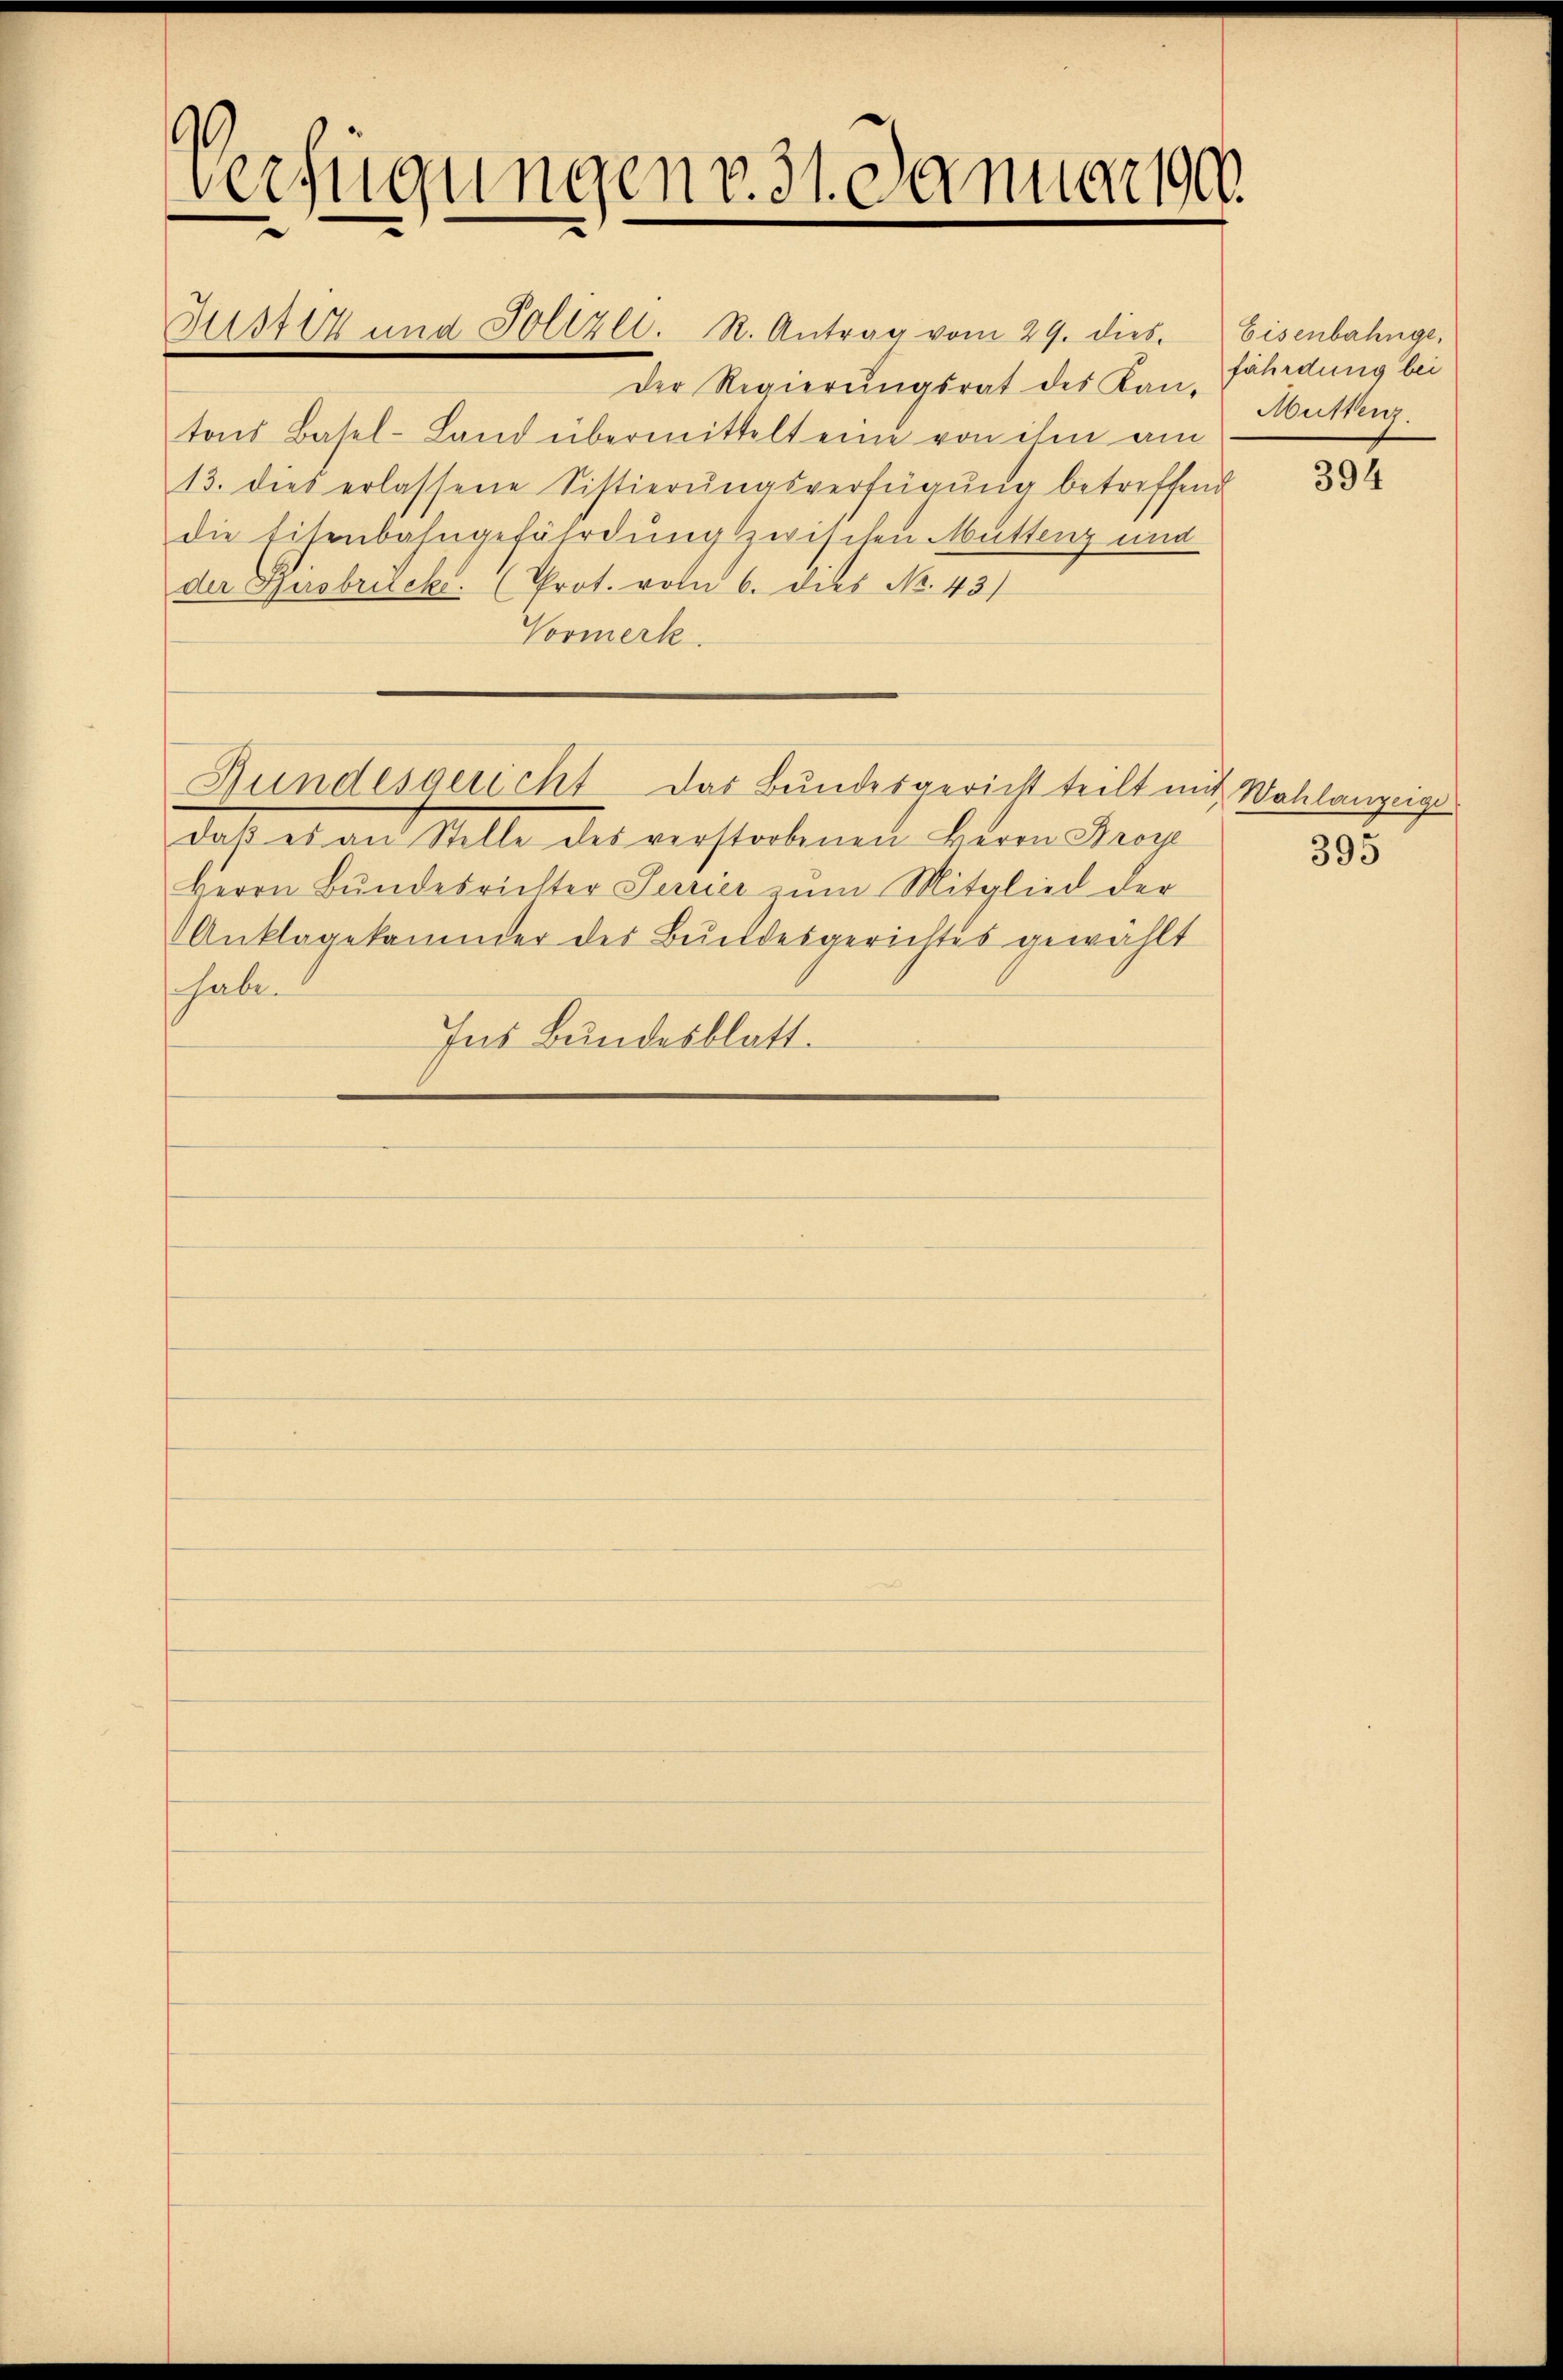
Verfügungen v. 31. Januar ga

Justiz und Follzll. R. Antrag vom 29. dies. Eisenbahnge,
Der Regierungsrat des Kan- fährdung bei
tons Basel-Land übermittelt eine von ihm am
13. dies erlassene Sistierŭngsverfügung betreffend
die Eisenbahngefährdung zwischen Muttenz und
der Birsbrucke: (Prot. volu 6. dies No. 43)
Vormerk
Bundesgericht das Bundesgericht teilt mit Wohlanzeige
daß eben Stelle des verstorbenen Herrn Proze
Herrn Bundesrichter Serier zum Mitglied der
Anklagekommer der Bundesgerichtes gewählt
shaben
Ins Bundesblatt.

Mustenz.

394

395